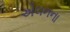
એલનના